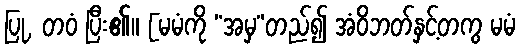
ပြု, တဝံ ပြီး၏။ [မမံကို “အမှ”တည်၍ အံဝိဘတ်နှင့်တကွ မမံ